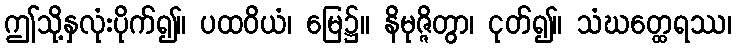
ဤသို့နှလုံးပိုက်၍။ ပထဝိယံ၊ မြေ၌။ နိမုဇ္ဇိတွာ၊ ငုတ်၍။ သံဃတ္ထေရဿ၊